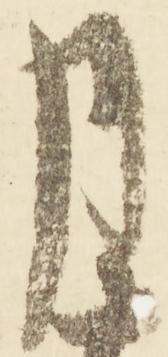
月